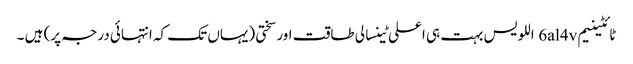
ٹائٹینیم 6al4v اللویس بہت ہی اعلی ٹینسالی طاقت اور سختی (یہاں تک کہ انتہائی درجہ پر) ہیں ۔